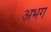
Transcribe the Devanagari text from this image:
अभग